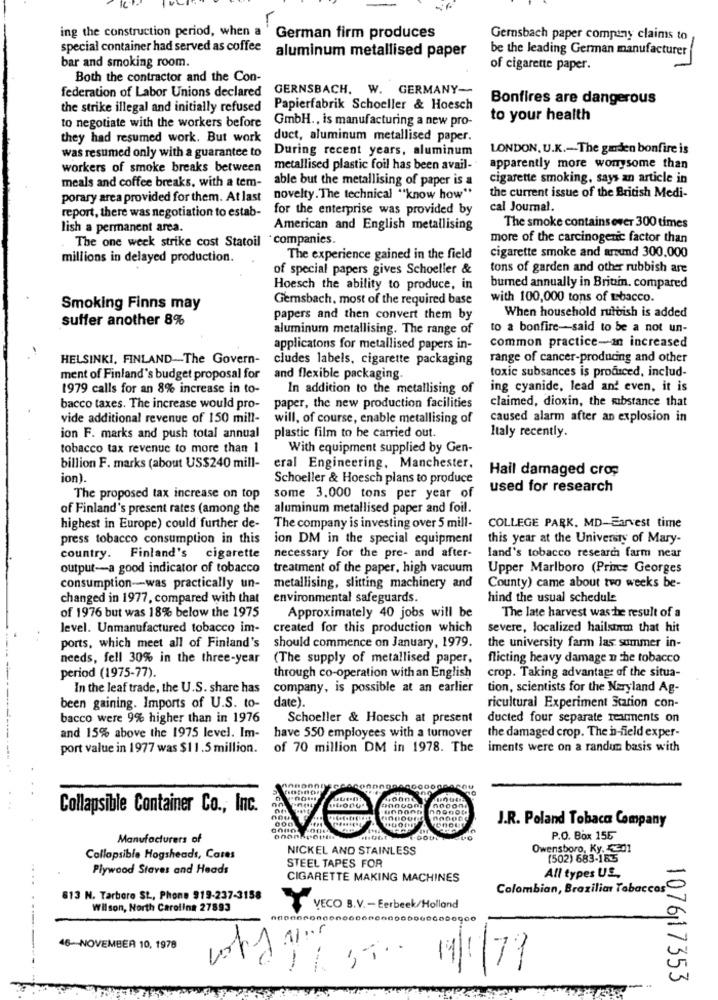
ing the construction period, when a
German firm produces
Gernsbach paper company claims to
be the leading German manufacturer
special container had served as coffee aluminum metallised paper
bar and smoking room.
of cigarette paper.
Both the contractor and the Con-
federation of Labor Unions declared GERNSBACH. W. GERMANY-
Bonfires are dangerous
the strike illegal and initially refused Papierfabrik Schoeller & Hoesch
to negotiate with the workers before GmbH ., is manufacturing a new pro-
to your health
they had resumed work. But work
duct, aluminum metallised paper.
was resumed only with a guarantee to
During recent years, aluminum
LONDON, U.K .- The garden bonfire is
workers of smoke breaks between
metallised plastic foil has been avail-
apparently more wonysome than
meals and coffee breaks, with a tem-
able but the metallising of paper is a
cigarette smoking, says an article in
the current issue of the British Medi-
porary area provided for them. At last
novelty. The technical "know how"
report, there was negotiation to estab-
for the enterprise was provided by
cal Journal.
lish a permanent area.
American and English metallising
The smoke contains over 300 times
The one week strike cost Statoil
*companies.
more of the carcinogenic factor than
millions in delayed production.
The experience gained in the field
cigarette smoke and artund 300.000
of special papers gives Schoeller &
tons of garden and other rubbish are
Hoesch the ability to produce, in
bumed annually in Britain. compared
Gemsbach, most of the required base
with 100,000 tons of tobacco.
Smoking Finns may
suffer another 8%
papers and then convert them by
When household rubbish is added
aluminum metallising. The range of
to a bonfire-said to be a not un-
common practice-an increased
applicatons for metallised papers in-
HELSINKI, FINLAND-The Govern-
cludes labels, cigarette packaging
range of cancer-producing and other
toxic subsances is produced, includ-
ment of Finland's budget proposal for
and flexible packaging.
1979 calls for an 8% increase in to-
In addition to the metallising of
ing cyanide, lead and even, it is
claimed, dioxin, the substance that
bacco taxes. The increase would pro-
paper, the new production facilities
vide additional revenue of 150 mill-
will, of course, enable metallising of
caused alarm after an explosion in
ion F. marks and push total annual
plastic film to be carried out.
Italy recently.
tobacco tax revenue to more than 1
With equipment supplied by Gen-
billion F. marks (about US$240 mill-
eral Engineering, Manchester,
Hail damaged crop
ion)
Schoeller & Hoesch plans to produce
used for research
The proposed tax increase on top
some 3.000 tons per year of
of Finland's present rates (among the
aluminum metallised paper and foil.
COLLEGE PARK, MD-Farvest time
highest in Europe) could further de-
The company is investing over 5 mill-
press tobacco consumption in this
ion DM in the special equipment
this year at the University of Mary-
land's tobacco research farm near
country. Finland's cigarette
necessary for the pre- and after-
output-a good indicator of tobacco
treatment of the paper, high vacuum
Upper Marlboro (Prince Georges
consumption-was practically un-
metallising, slitting machinery and
County) came about two weeks be-
changed in 1977, compared with that
environmental safeguards
hind the usual schedule
of 1976 but was 18% below the 1975
Approximately 40 jobs will be
The late harvest was the result of a
level. Unmanufactured tobacco im-
created for this production which
severe, localized hailstorm that hit
ports, which meet all of Finland's
should commence on January, 1979.
the university farm las summer in-
needs, fell 30% in the three-year
(The supply of metallised paper,
flicting heavy damage n the tobacco
period (1975-77).
through co-operation with an English
crop. Taking advantage of the situa-
In the leaf trade, the U.S. share has
company, is possible at an earlier
tion, scientists for the Naryland Ag-
been gaining. Imports of U.S. to- date).
ricultural Experiment Scarion con-
bacco were 9% higher than in 1976
Schoeller & Hoesch at present
ducted four separate rearments on
have 550 employees with a turnover
the damaged crop. The h-field exper-
and 15% above the 1975 level. Im-
port value in 1977 was $11.5 million.
of 70 million DM in 1978. The
iments were on a randun basis with
Collapsible Container Co ., Inc.
J.R. Poland Tobaco Company
Manufacturers of
P.O. Box 155
NICKEL AND STAINLESS
Owensboro, Ky. K201
Collapsible Hogsheads, Cares
(502) 683-163
Plywood Staves and Heads
STEEL TAPES FOR
CIGARETTE MAKING MACHINES
All types US.
....
Colombian, Brazilian Tobaccos
613 N. Tarboro St ., Phone 919-237-3158
Wilson, North Carolina 27893
VECO B.V. - Eerbeek/Holland
-
46 --- NOVEMBER 10, 1978
1
19/1/77
107617353